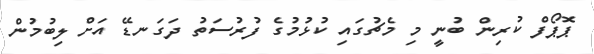
ޕޮޕޯފް ކުރިން ބުނީ މި މެޗުގައި ކުޅުމުގެ ފުރުސަތު ދަގަނޑޭ އަށް ލިބުމުން